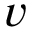
\b { v }